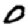
Digit: 0